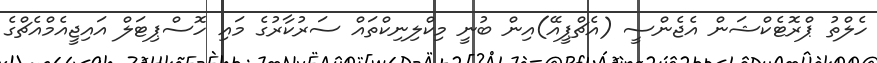
ހެލްތު ޕްރޮޓެކްޝަން އެޖެންސީ (އެޗްޕީއޭ)އިން ބުނީ މިކްލިނިކްތައް ސަރުކާރުގެ މައި ހޮސްޕިޓަލް އައިޖީއެމްއެޗްގެ